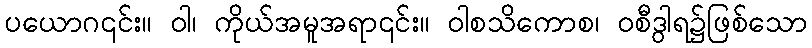
ပယောဂ၎င်း။ ဝါ၊ ကိုယ်အမူအရာ၎င်း။ ဝါစသိကောစ၊ ဝစီဒွါရ၌ဖြစ်သော